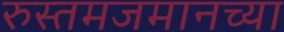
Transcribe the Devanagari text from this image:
रुस्तमजमानच्या